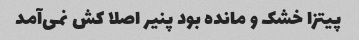
پیتزا خشک و مانده بود پنیر اصلا کش نمی‌آمد